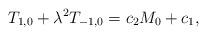
LaTeX: \begin{align*}T_{1,0}+\lambda^2T_{-1,0}=c_2M_0+c_1,\end{align*}